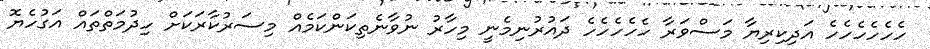
ހެހެހެހެހެހެ އަދިކިރިޔާ މަސްވަރާ ހެހެހެހެހެ ދައުރުނިމެނީ މިހާރު ނުވާނެތިކަންކަމެއް މިސަރުކާރަކަށް ހިދުމަތްތައް އަގުހެޔޮ